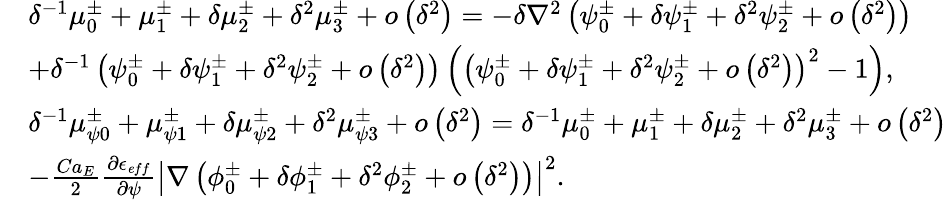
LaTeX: \begin{array}{rl}&{\delta^{-1}\mu_{0}^{\pm}+\mu_{1}^{\pm}+\delta\mu_{2}^{\pm}+\delta^{2}\mu_{3}^{\pm}+o\left(\delta^{2}\right)=-\delta\nabla^{2}\left(\psi_{0}^{\pm}+\delta\psi_{1}^{\pm}+\delta^{2}\psi_{2}^{\pm}+o\left(\delta^{2}\right)\right)}\\ &{+\delta^{-1}\left(\psi_{0}^{\pm}+\delta\psi_{1}^{\pm}+\delta^{2}\psi_{2}^{\pm}+o\left(\delta^{2}\right)\right)\left(\left(\psi_{0}^{\pm}+\delta\psi_{1}^{\pm}+\delta^{2}\psi_{2}^{\pm}+o\left(\delta^{2}\right)\right)^{2}-1\right),}\\ &{\delta^{-1}\mu_{\psi 0}^{\pm}+\mu_{\psi 1}^{\pm}+\delta\mu_{\psi 2}^{\pm}+\delta^{2}\mu_{\psi 3}^{\pm}+o\left(\delta^{2}\right)=\delta^{-1}\mu_{0}^{\pm}+\mu_{1}^{\pm}+\delta\mu_{2}^{\pm}+\delta^{2}\mu_{3}^{\pm}+o\left(\delta^{2}\right)}\\ &{-\frac{Ca_{E}}{2}\frac{\partial\epsilon_{\mathit eff}}{\partial\psi}\left|\nabla\left(\phi_{0}^{\pm}+\delta\phi_{1}^{\pm}+\delta^{2}\phi_{2}^{\pm}+o\left(\delta^{2}\right)\right)\right|^{2}.}\end{array}